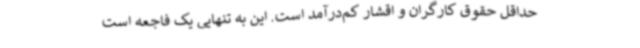
حداقل حقوق کارگران و اقشار کم‌درآمد است. این به تنهایی یک فاجعه است